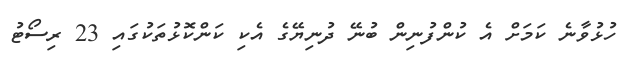
ހުޅުވާނެ ކަމަށް އެ ކުންފުނިން ބުނޭ ދުނިޔޭގެ އެކި ކަންކޮޅުތަކުގައި 23 ރިސޯޓު